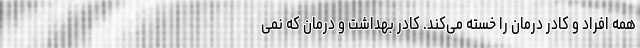
همه افراد و کادر درمان را خسته می‌کند. کادر بهداشت و درمان که نمی